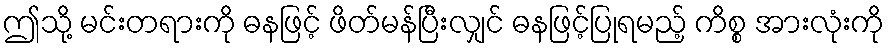
ဤသို့ မင်းတရားကို ဓနဖြင့် ဖိတ်မန်ပြီးလျှင် ဓနဖြင့်ပြုရမည့် ကိစ္စ အားလုံးကို